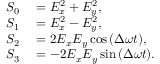
\begin{array} { r l } { S _ { 0 } } & { { } = E _ { x } ^ { 2 } + E _ { y } ^ { 2 } , } \\ { S _ { 1 } } & { { } = E _ { x } ^ { 2 } - E _ { y } ^ { 2 } , } \\ { S _ { 2 } } & { { } = 2 E _ { x } E _ { y } \cos { ( \Delta \omega t ) } , } \\ { S _ { 3 } } & { { } = - 2 E _ { x } E _ { y } \sin { ( \Delta \omega t ) } . } \end{array}